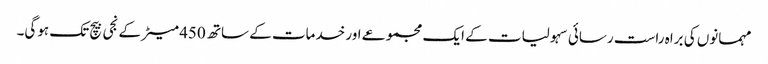
مہمانوں کی براہ راست رسائی سہولیات کے ایک مجموعے اور خدمات کے ساتھ 450 میٹر کے نجی بیچ تک ہوگی۔